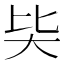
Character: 𡗬